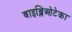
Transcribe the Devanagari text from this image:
बाइब्लिओटेका